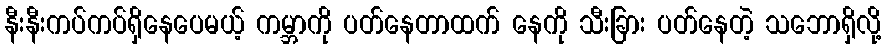
နီးနီးကပ်ကပ်ရှိနေပေမယ့် ကမ္ဘာကို ပတ်နေတာထက် နေကို သီးခြား ပတ်နေတဲ့ သဘောရှိလို့